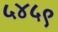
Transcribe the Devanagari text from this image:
५४५९